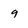
Character: 9